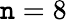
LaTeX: \mathtt{n}=8